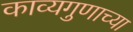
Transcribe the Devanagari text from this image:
काव्यगुणाच्या